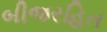
બીજરહિત